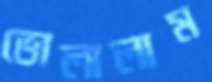
ভোলালাম